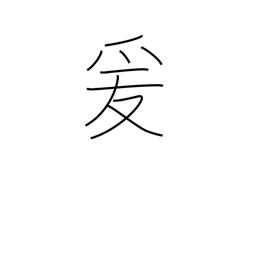
Meaning: lead on to